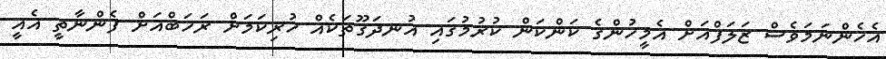
އެހެންނަމަވެސް ޒަލަފްއަށް އެމީހުންގެ ކަންކަން ކުރުމުގައި އުނދަގޫތަކެއް ހުރިކަމަށް ރަޚަބްއަށް ފެންނާތީ އެއީ